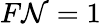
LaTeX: F\mathcal{N}=1